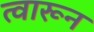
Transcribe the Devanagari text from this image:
त्वारून